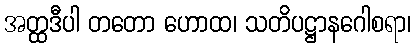
အတ္ထဒီပါ တတော ဟောထ၊ သတိပဋ္ဌာနဂေါစရာ၊